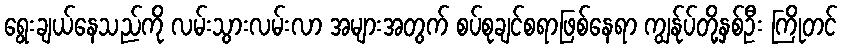
ရွေးချယ်နေသည်ကို လမ်းသွားလမ်းလာ အများအတွက် စပ်စုချင်စရာဖြစ်နေရာ ကျွန်ုပ်တို့နှစ်ဦး ကြိုတင်